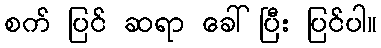
စက် ပြင် ဆရာ ခေါ်ပြီး ပြင်ပါ။